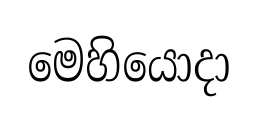
මෙහියොදා